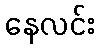
နေလင်း